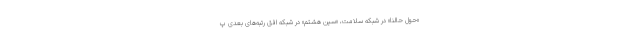
«حول حالنا» در شبکه سلامت، «سین هشتم» در شبکه افق رتبه‌های بعدی پ